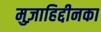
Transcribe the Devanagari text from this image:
मुज़ाहिद्दीनका